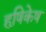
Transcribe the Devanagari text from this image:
हृषिकेष